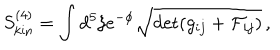
LaTeX: S _ { \mathrm { k i n } } ^ { ( 4 ) } = \int d ^ { 5 } \xi e ^ { - \phi } \sqrt { \det ( g _ { i j } + { \cal F } _ { i j } ) } \, ,